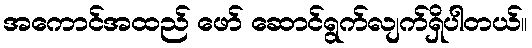
အကောင်အထည် ဖော် ဆောင်ရွက်လျက်ရှိပါတယ်။